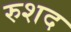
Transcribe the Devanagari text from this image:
रुशद